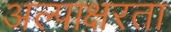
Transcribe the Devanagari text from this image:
अल्पाक्षरता